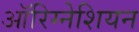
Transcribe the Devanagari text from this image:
ऑरिग्नेशियन